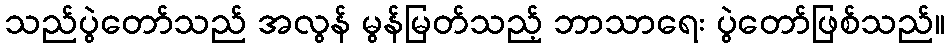
သည်ပွဲတော်သည် အလွန် မွန်မြတ်သည့် ဘာသာရေး ပွဲတော်ဖြစ်သည်။